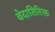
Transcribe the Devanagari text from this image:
वेदातिरिक्त